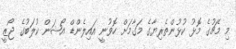
މި މެޗުގެ މޮޅު ކުޅުންތެރިޔާގެ މަގާމަށް ހޮވުނީ އައިލެންޑް އޯޝަން ކުލަބުގެ ޖޯޒީ